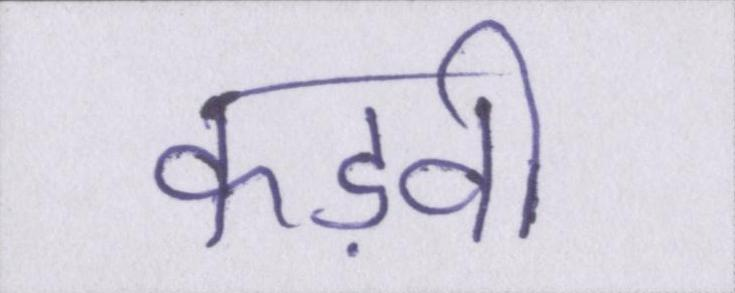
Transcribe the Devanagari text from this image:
कड़वी